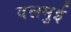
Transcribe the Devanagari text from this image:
दलमुई